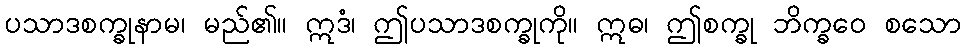
ပသာဒစက္ခုနာမ၊ မည်၏။ ဣဒံ၊ ဤပသာဒစက္ခုကို။ ဣဓ၊ ဤစက္ခု ဘိက္ခဝေ စသော